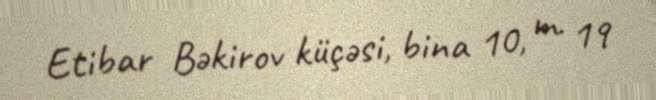
Etibar Bəkirov küçəsi, bina 10, m. 19